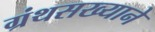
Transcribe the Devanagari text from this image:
ग्रंथसख्याने